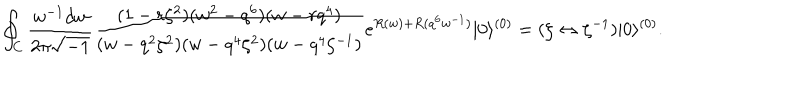
LaTeX: \oint _ { C } \frac { w ^ { - 1 } d w } { 2 \pi \sqrt { - 1 } } \frac { ( 1 - r \zeta ^ { 2 } ) ( w ^ { 2 } - q ^ { 6 } ) ( w - r q ^ { 4 } ) } { ( w - q ^ { 2 } \zeta ^ { 2 } ) ( w - q ^ { 4 } \zeta ^ { 2 } ) ( w - q ^ { 4 } \zeta ^ { - 1 } ) } e ^ { R ( w ) + R ( q ^ { 6 } w ^ { - 1 } ) } | 0 \rangle ^ { ( 0 ) } = ( \zeta \leftrightarrow \zeta ^ { - 1 } ) | 0 \rangle ^ { ( 0 ) } .